Indian journal of veterinary science and animal husbandry - Volumes 22-23, 1952-1953
Year: 1952
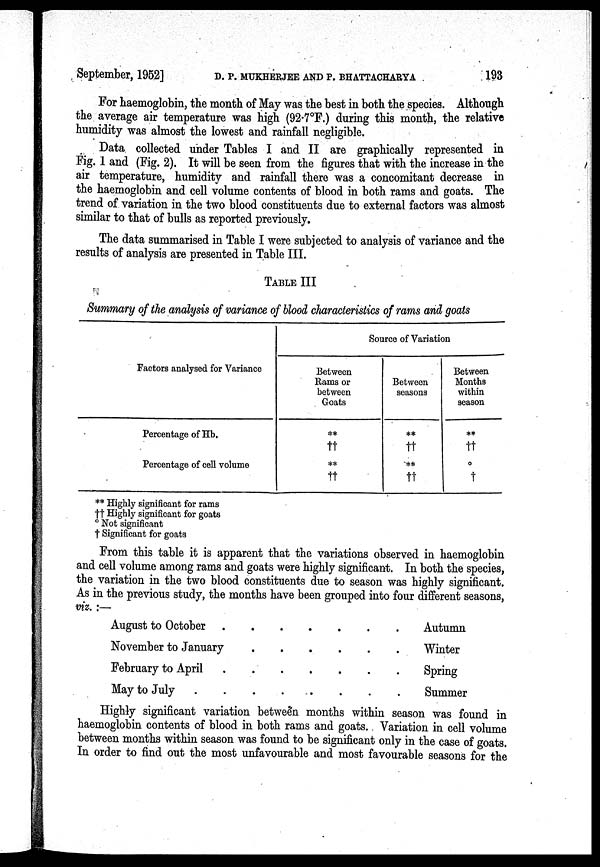
September, 1952] D. P. MUKHERJEE AND P. BHATTACHARYA 193
For haemoglobin, the month of May was the best in both the species. Although
the average air temperature was high (92.7°F.) during this month, the relative
humidity was almost the lowest and rainfall negligible.
Data collected under Tables I and II are graphically represented in
Fig. 1 and (Fig. 2). It will be seen from the figures that with the increase in the
air temperature, humidity and rainfall there was a concomitant decrease in
the haemoglobin and cell volume contents of blood in both rams and goats. The
trend of variation in the two blood constituents due to external factors was almost
similar to that of bulls as reported previously.
The data summarised in Table I were subjected to analysis of variance and the
results of analysis are presented in Table III.
TABLE III
Summary of the analysis of variance of blood characteristics of rams and goats
Factors analysed for Variance
Percentage of Hb.
Percentage of cell volume
Source of Variation
Between
Rams or
between
Goats
**
††
**
††
Between
seasons
**
††
**
††
Between
Months
within
season
**
††
°
†
** Highly significant for rams
†† Highly significant for goats
° Not significant
† Significant for goats
From this table it is apparent that the variations observed in haemoglobin
and cell volume among rams and goats were highly significant. In both the species,
the variation in the two blood constituents due to season was highly significant.
As in the previous study, the months have been grouped into four different seasons,
viz. :—
August to October
November to January
February to April
May to July.........
Autumn
Winter
Spring
Summer
Highly significant variation between months within season was found in
haemoglobin contents of blood in both rams and goats. Variation in cell volume
between months within season was found to be significant only in the case of goats.
In order to find out the most unfavourable and most favourable seasons for the